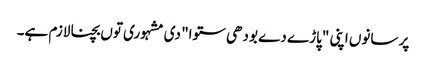
پر سانوں اپنی "پاڑے دے بودھی ستوا" دی مشہوری توں بچنا لازم ہے۔